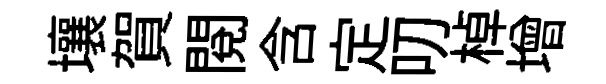
壤賀閲含定叨棹增